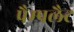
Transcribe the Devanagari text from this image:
पैम्पलैट